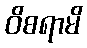
ဝိစရာမိ